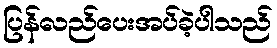
ပြန်လည်ပေးအပ်ခဲ့ပါသည်